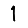
Digit: 1